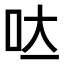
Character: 𭇃